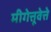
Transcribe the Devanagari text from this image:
मीगेत्तूवेत्ते